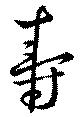
寿